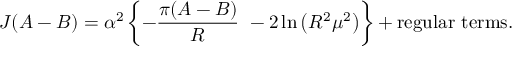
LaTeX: J ( A - B ) = \alpha ^ { 2 } \left\{ - \frac { \pi ( A - B ) } { R } \ - 2 \ln \left( R ^ { 2 } \mu ^ { 2 } \right) \right\} + \mathrm { r e g u l a r ~ t e r m s } .